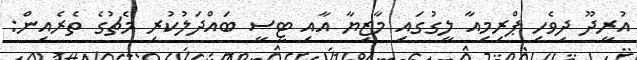
އުރީދޫ ދިވެހި ޕްރިމިއާ ލީގުގައި މާޒިޔާ އާއި ޓީސީ ބައްދަލުކުރި މެޗުގެ ތެރެއިން: